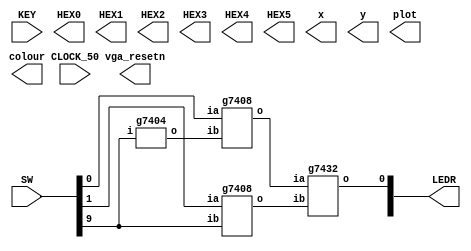
`timescale 1ns / 1ps
`default_nettype none

module main	(
	input wire CLOCK_50,            //On Board 50 MHz
	input wire [9:0] SW,            // On board Switches
	input wire [3:0] KEY,           // On board push buttons
	output wire [6:0] HEX0,         // HEX displays
	output wire [6:0] HEX1,         
	output wire [6:0] HEX2,         
	output wire [6:0] HEX3,         
	output wire [6:0] HEX4,         
	output wire [6:0] HEX5,         
	output wire [9:0] LEDR,         // LEDs
	output wire [7:0] x,            // VGA pixel coordinates
	output wire [6:0] y,
	output wire [2:0] colour,       // VGA pixel colour (0-7)
	output wire plot,               // Pixel drawn when this is pulsed
	output wire vga_resetn          // VGA resets to black when this is pulsed (NOT CURRENTLY AVAILABLE)
);    

	//Write code in here!
	wire c1,c2,c3;
	
	g7404 NOT_1 (.i(SW[9]), .o(c3));
	//(.i[0](SW[9]), .o[0](c3))
	g7408 AND_1 (.ia(SW[0]), .ib(c3), .o(c1));
	//(.ia[0](SW[0]), .ib[0](c3), .o[0](c1))
	g7408 AND_2 (.ia(SW[1]), .ib(SW[9]), .o(c2));
	//(.ia[1](SW[1]), .ib[1](SW[9]), .o[1](c2))
	g7432 OR_1 (.ia(c1), .ib(c2), .o(LEDR[0]));
	
endmodule

module g7404 (i, o);
	input i;
	//input [5:0]i;
	output o;
	//input [5:0]o;
	
	assign o = ~i;
endmodule

module g7408 (ia, ib, o);
	input ia, ib;
	//input [3:0]
	output o;
	//[3:0]
	
	assign o = ia & ib;
endmodule

module g7432 (ia, ib, o);
	input ia, ib;
	//[3:0]
	output o;
	//[3:0]
	
	assign o = ia | ib;
endmodule